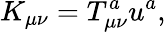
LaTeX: K_{\mu\nu}=T_{\mu\nu}^{a}u^{a},